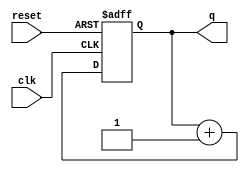
module async_reset_example (
    input wire clk,        // Clock signal
    input wire reset,      // Asynchronous reset signal
    output reg [7:0] q     // Output state signal (8-bit for example)
);

// Define the reset value
parameter RESET_VALUE = 8'b00000000;

always @(posedge clk or posedge reset) begin
    if (reset) begin
        // Asynchronous reset: set output to reset value
        q <= RESET_VALUE;
    end else begin
        // Normal operation: update output on clock edge
        // Here you can define your state transition logic
        // For example, incrementing the output
        q <= q + 1; // Example operation
    end
end

endmodule